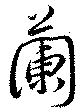
蘭